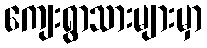
ကျေးရွာသားများမှာ